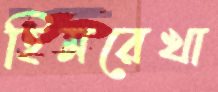
হিমরেখা